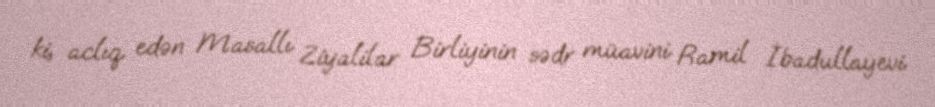
ki, aclıq edən Masallı Ziyalilar Birliyinin sədr müavini Ramil İbadullayevi